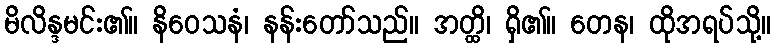
မိလိန္ဒမင်း၏။ နိဝေသနံ၊ နန်းတော်သည်။ အတ္ထိ၊ ရှိ၏။ တေန၊ ထိုအရပ်သို့။